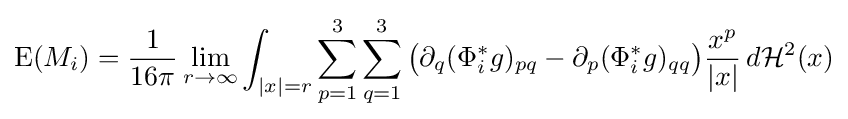
{\text{E}}(M_{i})={\frac {1}{16\pi }}\lim _{r\to \infty }\int _{|x|=r}\sum _{p=1}^{3}\sum _{q=1}^{3}{\big (}\partial _{q}(\Phi _{i}^{\ast }g)_{pq}-\partial _{p}(\Phi _{i}^{\ast }g)_{qq}{\big )}{\frac {x^{p}}{|x|}}\,d{\mathcal {H}}^{2}(x)